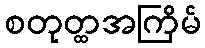
စတုတ္ထအကြိမ်